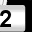
Digit: 2